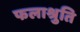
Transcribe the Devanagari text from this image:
फलाश्रुति